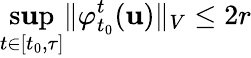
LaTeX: \operatorname*{s\mathbf{u}p}_{t\in[t_{0},\tau]}\Vert\varphi_{t_{0}}^{t}(\mathbf{u})\Vert_{V}\leq2r